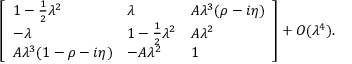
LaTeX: { \left[ \begin{array} { l l l } { 1 - { \frac { 1 } { 2 } } \lambda ^ { 2 } } & { \lambda } & { A \lambda ^ { 3 } ( \rho - i \eta ) } \\ { - \lambda } & { 1 - { \frac { 1 } { 2 } } \lambda ^ { 2 } } & { A \lambda ^ { 2 } } \\ { A \lambda ^ { 3 } ( 1 - \rho - i \eta ) } & { - A \lambda ^ { 2 } } & { 1 } \end{array} \right] } + O ( \lambda ^ { 4 } ) .